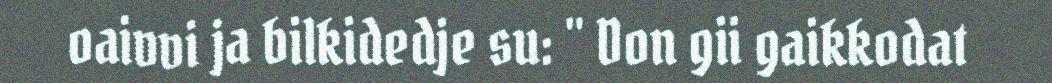
oaivvi ja bilkidedje su: " Don gii gaikkodat